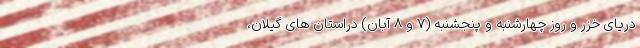
دریای خزر و روز چهارشنبه و پنجشنبه (۷ و ۸ آبان) دراستان های گیلان،